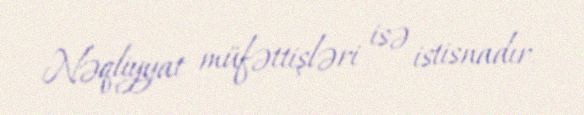
Nəqliyyat müfəttişləri isə istisnadır.